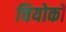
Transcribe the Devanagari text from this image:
चियोको